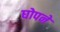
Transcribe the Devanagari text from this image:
घोपने